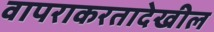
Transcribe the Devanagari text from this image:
वापराकरतादेखील